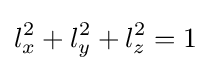
l_{x}^{2}+l_{y}^{2}+l_{z}^{2}=1